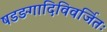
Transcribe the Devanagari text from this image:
षडङगादिविवर्जितः